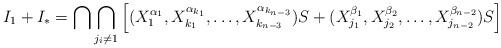
LaTeX: \begin{align*}I_1+I_*=\bigcap\bigcap_{j_i\not=1}\left[(X_1^{\alpha_1},X_{k_1}^{\alpha_{k_1}},\dots,X_{k_{n-3}}^{\alpha_{k_{n-3}}})S+(X_{j_1}^{\beta_1},X_{j_2}^{\beta_2},\dots,X_{j_{n-2}}^{\beta_{n-2}})S\right]\end{align*}